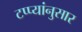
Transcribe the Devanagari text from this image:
टप्प्यांनुसार